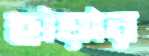
হায়ার